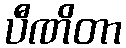
ပီဏိတာ